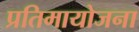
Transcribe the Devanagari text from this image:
प्रतिमायोजना